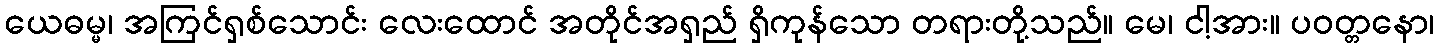
ယေဓမ္မ၊ အကြင်ရှစ်သောင်း လေးထောင် အတိုင်အရှည် ရှိကုန်သော တရားတို့သည်။ မေ၊ ငါ့အား။ ပဝတ္တနော၊